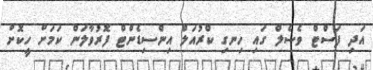
އަދި ފަސްޓް ވެސެލް ގައި ހިނގި ކްރުއަލް އިންސިޑެންޓް ފޮރުވާލަން ކަމަށް ހީކޮށް